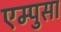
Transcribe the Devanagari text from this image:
एम्पुसा